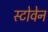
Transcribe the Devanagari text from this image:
स्टोवेन